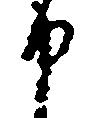
申